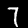
Label: 7